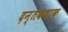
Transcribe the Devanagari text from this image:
दन्तकथाक